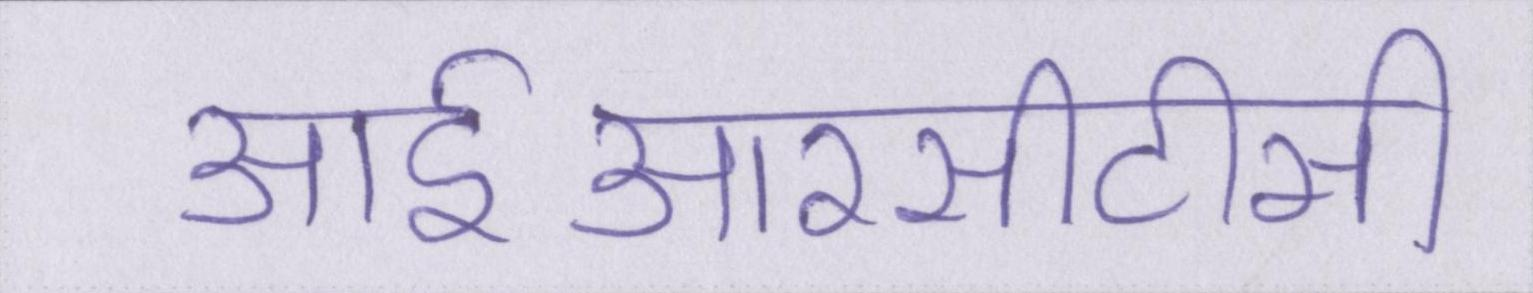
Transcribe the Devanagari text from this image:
आईआरसीटीसी